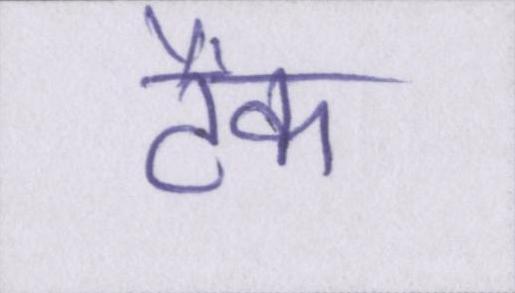
टैंक